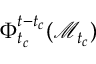
\Phi _ { t _ { c } } ^ { t - t _ { c } } ( \mathcal { M } _ { t _ { c } } )